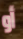
أو